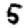
Digit: 5